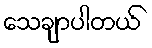
သေချာပါတယ်